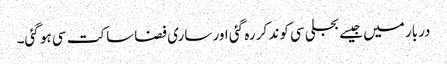
دربار میں جیسے بجلی سی کوند کر رہ گئی اور ساری فضا ساکت سی ہو گئی۔